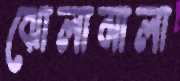
ঝোলামালা